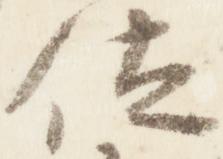
位